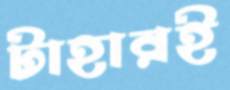
টাহারই